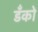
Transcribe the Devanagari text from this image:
डँको